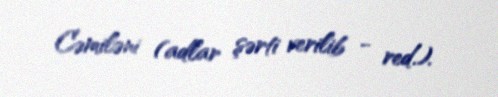
Cəmiləni (adlar şərti verilib - red.).